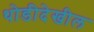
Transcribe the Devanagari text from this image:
थोडीदेखील